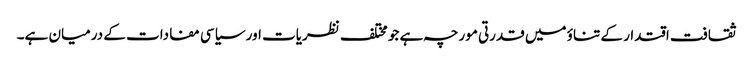
ثقافت اقتدار کے تناؤ میں قدرتی مورچہ ہے جو مختلف نظریات اور سیاسی مفادات کے درمیان ہے۔